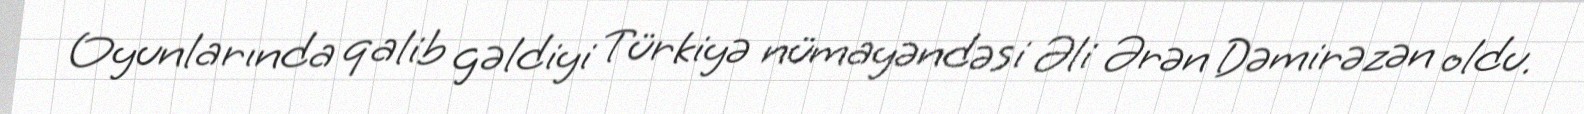
Oyunlarında qalib gəldiyi Türkiyə nümayəndəsi Əli Ərən Dəmirəzən oldu.